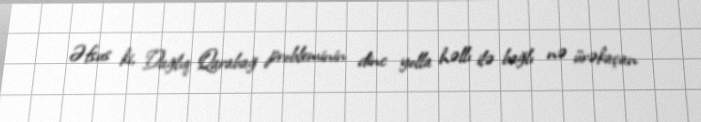
Əfsus ki, Dağlıq Qarabağ probleminin dinc yolla həllı ilə bağlı nə ürəkaçan